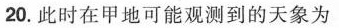
20.此时在甲地可能观测到的天象为